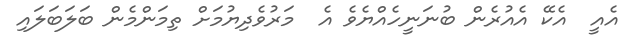
އެއީ  އެކޭ އެއުރެން ބުނަނީހެއްޔެވެ އެ  މަރުވެދިޔުމަށް ތިމަންމެން ބަލަބަލައި